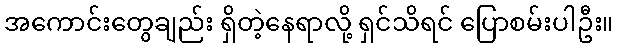
အကောင်းတွေချည်း ရှိတဲ့နေရာလို့ ရှင်သိရင် ပြောစမ်းပါဦး။